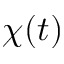
\chi ( t )